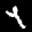
Label: 4